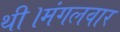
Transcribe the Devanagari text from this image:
थी।मंगलवार